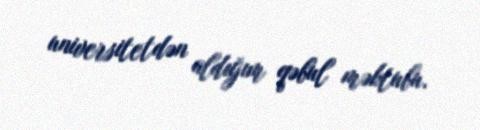
universitetdən aldığım qəbul məktubu.